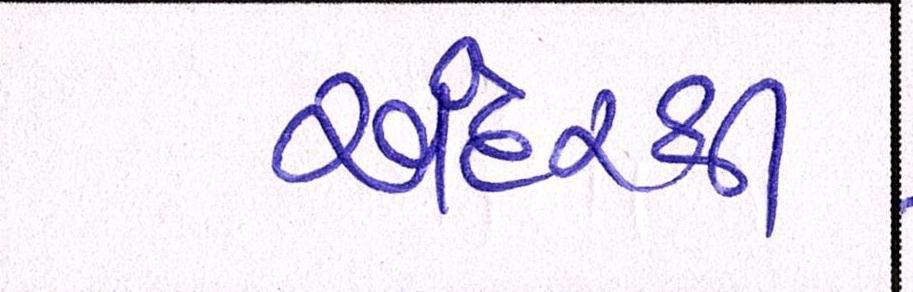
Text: અંદરથી